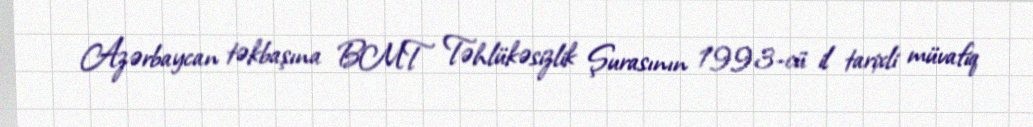
Azərbaycan təkbaşına BMT Təhlükəsizlik Şurasının 1993-cü il tarixli müvafiq